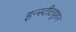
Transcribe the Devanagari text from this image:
इन्स्टीटयूशन